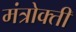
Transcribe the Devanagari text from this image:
मंत्रोक्ती